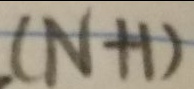
( N + 1 )